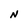
Character: N